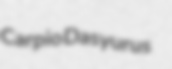
Carpio Dasyurus